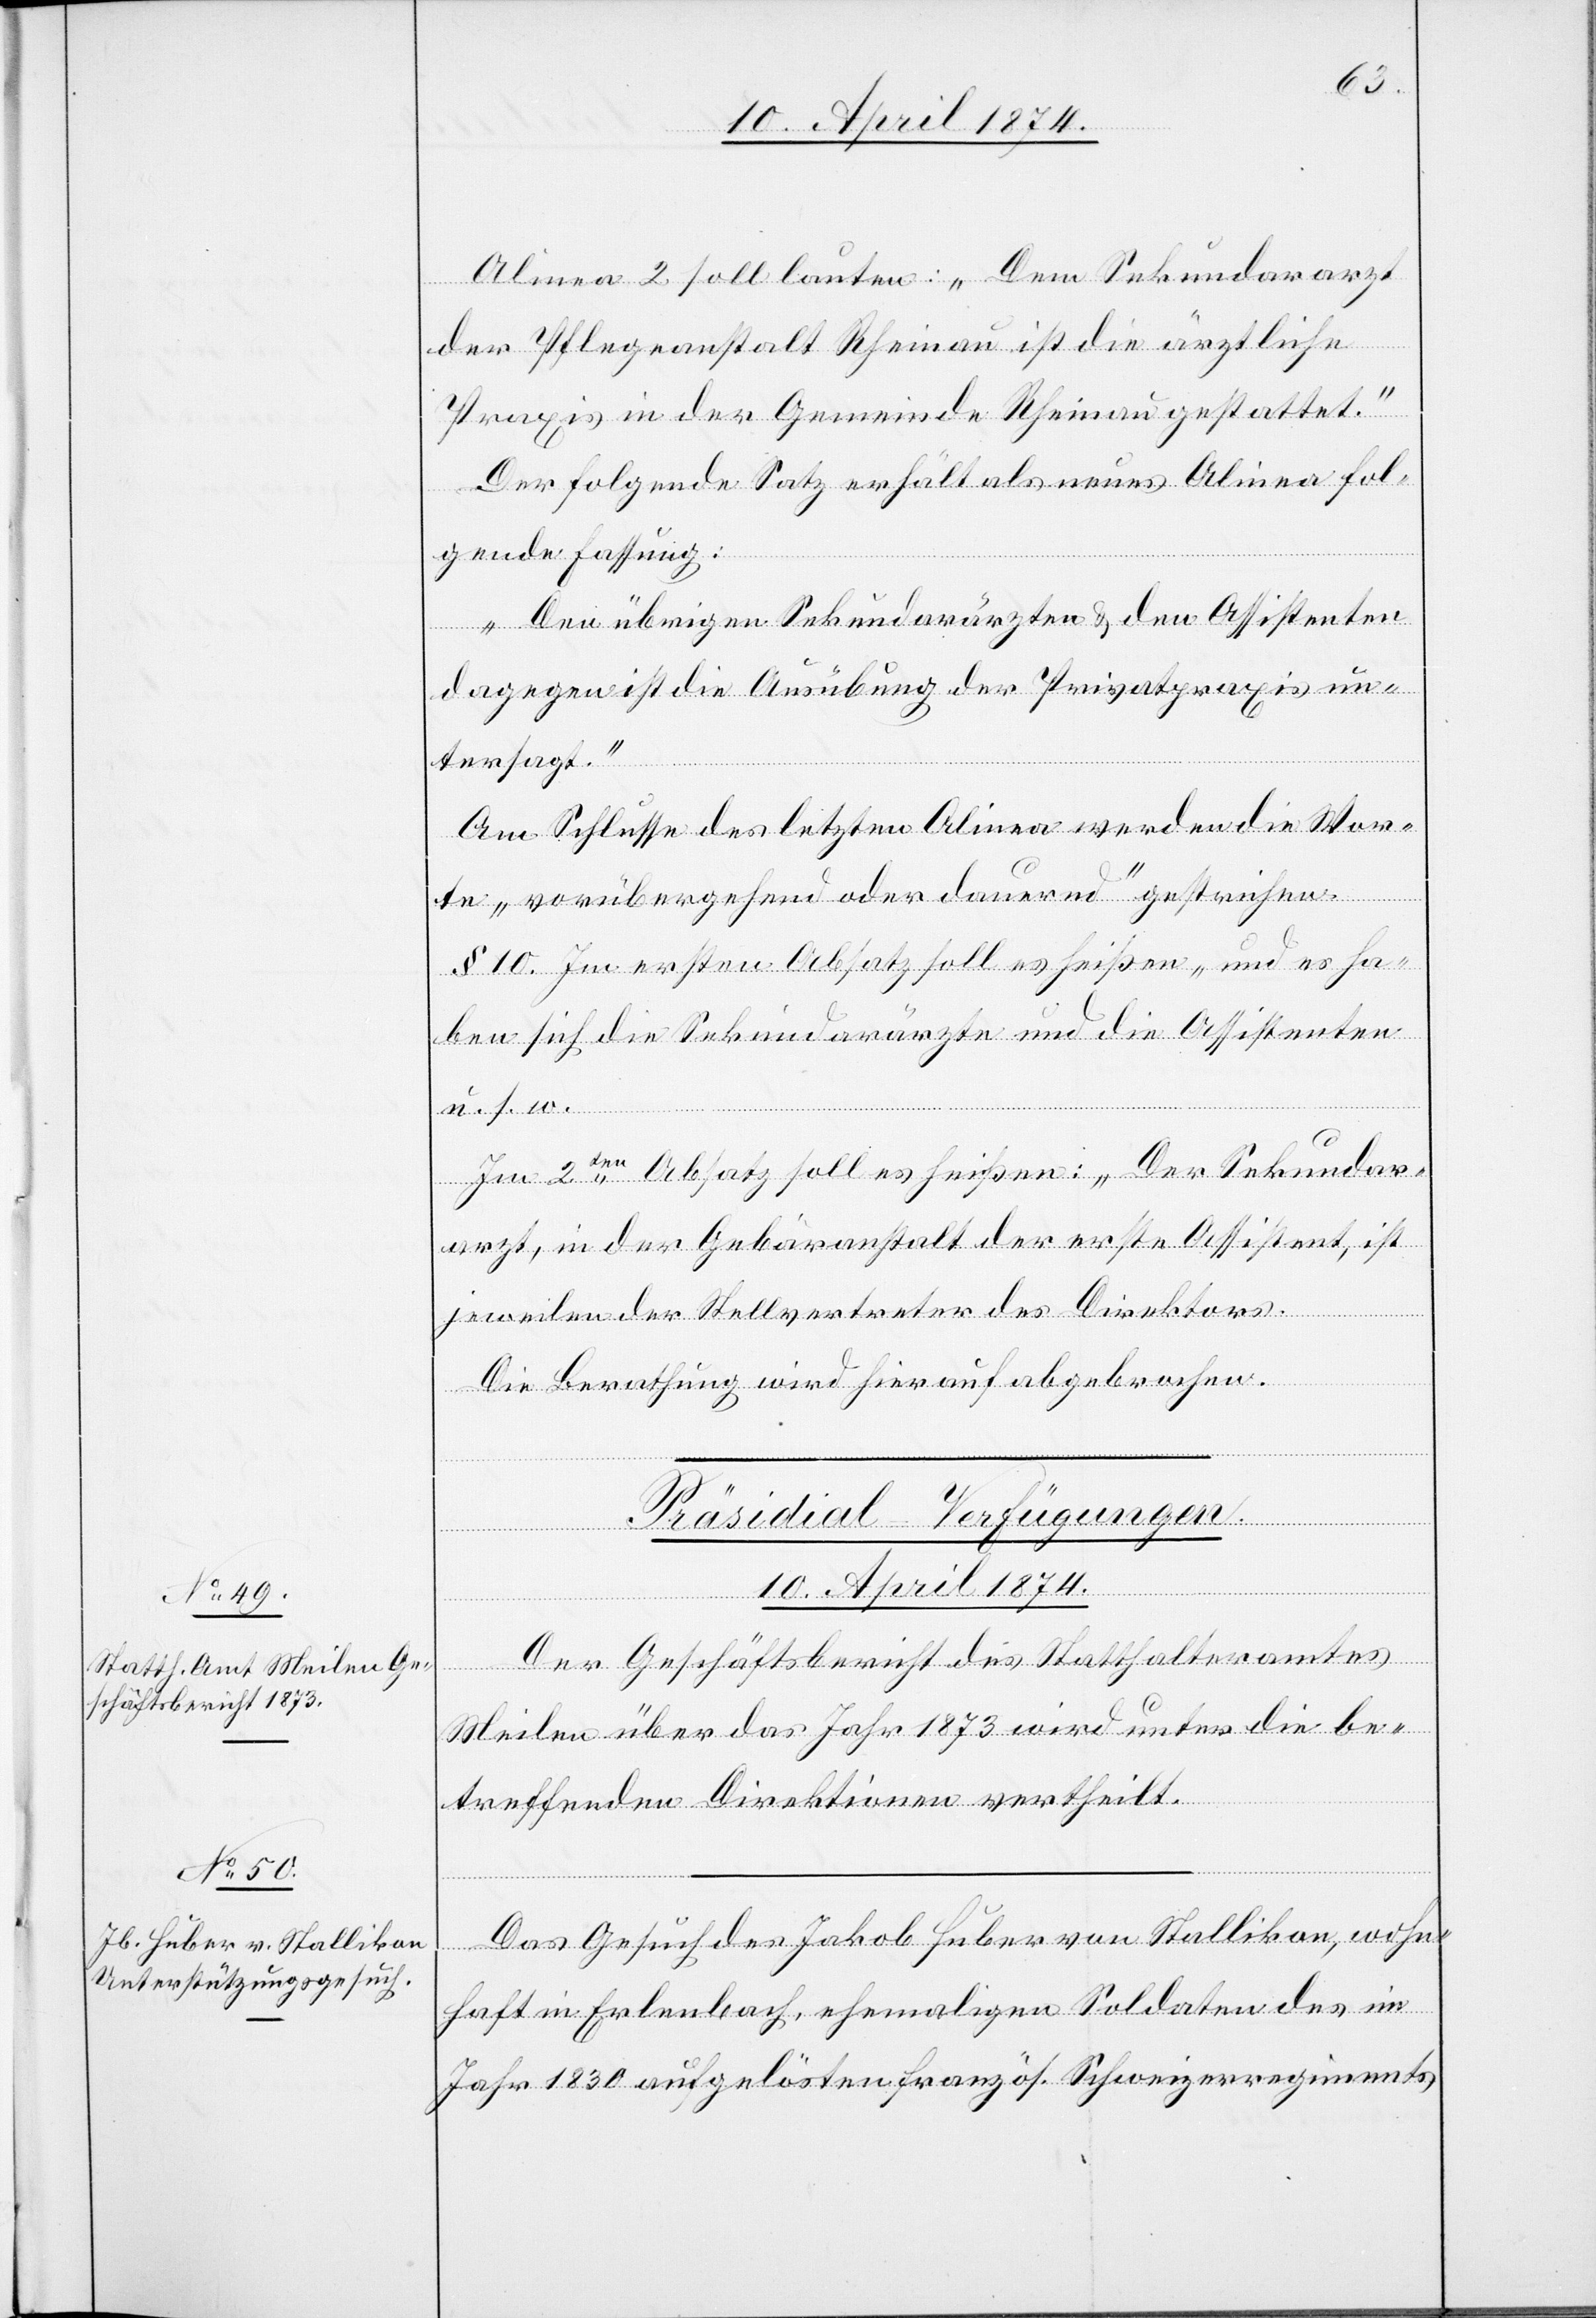
Alinea 2 soll lauten: „Dem Sekundararzt
der Pflegeanstalt Rheinau ist die ärztliche
Praxis in der Gemeinde Rheinau gestattet.“
Der folgende Satz erhält als neues Alinea fol¬
gende Fassung:
„Den übrigen Sekundarärzten u. den Assistenten
dagegen ist die Ausübung der Privatpraxis un¬
tersagt.“
Am Schlusse des letzten Alinea werden die Wor¬
te „vorübergehend oder dauernd“ gestrichen.
§ 10. Im ersten Absatz soll es heißen „und es ha¬
ben sich die Sekundarärzte und die Assistenten
Im 2ten Absatz soll es heißen: „Der Sekundar¬
arzt, in der Gebäranstalt der erste Assistent, ist
jeweilen der Stellvertreter des Direktors.[“]
Die Berathung wird hierauf abgebrochen.
[Präsidial-Verfügungen.
10. April 1874.]
Der Geschäftsbericht des Statthalteramtes
Meilen über das Jahr 1873 wird unter die be¬
treffenden Direktionen vertheilt.
Das Gesuch des Jakob Huber von Stallikon, wohn¬
s.
haft in Erlenbach, ehemaligen Soldaten des im
Jahr 1830 aufgelösten französ. Schweizerregiments